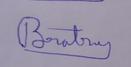
Signature authenticity: genuine